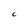
Character: C